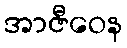
အာဇီဝေန